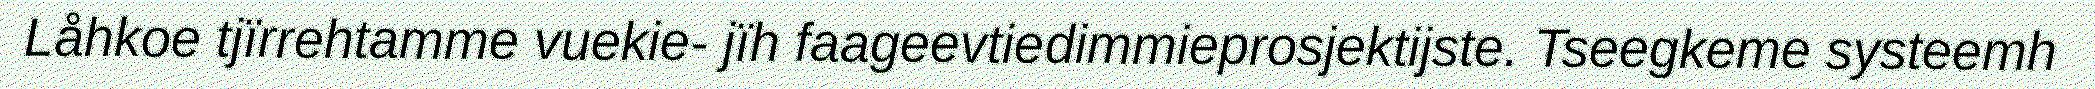
Låhkoe tjïrrehtamme vuekie- jïh faageevtiedimmieprosjektijste. Tseegkeme systeemh